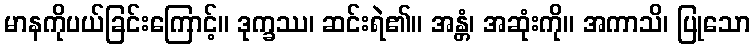
မာနကိုပယ်ခြင်းကြောင့်။ ဒုက္ခဿ၊ ဆင်းရဲ၏။ အန္တံ၊ အဆုံးကို။ အကာသိ၊ ပြုသော